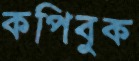
কপিবুক